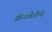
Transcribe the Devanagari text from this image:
क्रॅनबेरीचे